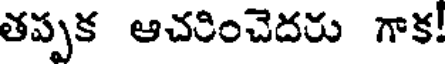
తప్పక ఆచరించెదరు గాక!